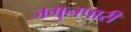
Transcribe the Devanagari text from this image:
जमुनपारी